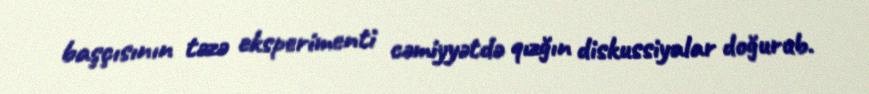
başçısının təzə eksperimenti cəmiyyətdə qızğın diskussiyalar doğurub.